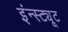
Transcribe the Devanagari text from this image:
इंन्स्ट्यूट